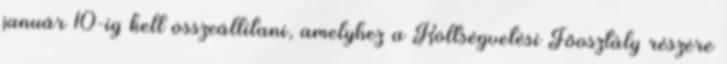
január 10-ig kell összeállítani, amelyhez a Költségvetési Főosztály részére